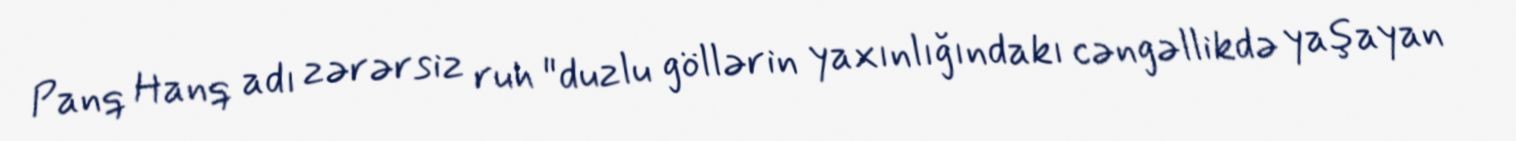
Panq Hanq adı zərərsiz ruh "duzlu göllərin yaxınlığındakı cəngəllikdə yaşayan